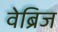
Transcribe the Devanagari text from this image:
वेब्रिज